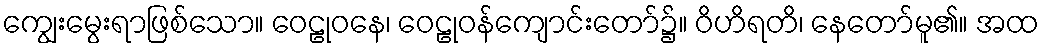
ကျွေးမွေးရာဖြစ်သော။ ဝေဠုဝနေ၊ ဝေဠုဝန်ကျောင်းတော်၌။ ဝိဟိရတိ၊ နေတော်မူ၏။ အထ